Report on sanitation, dispensaries, and jails in Rajputana for 1910, and on vaccination for the year 1910-1911 - 1910-1911
Year: 1910
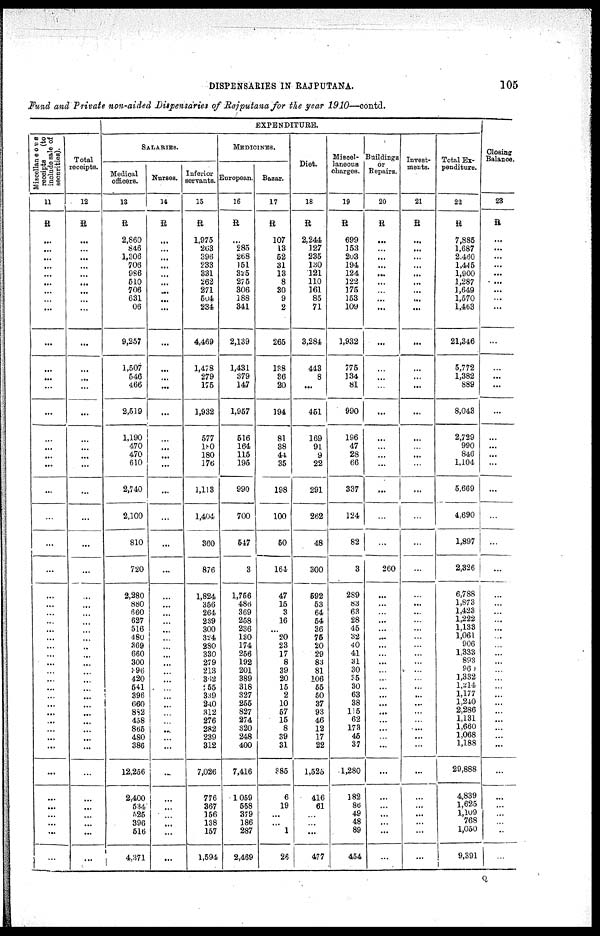
DISPENSARIES IN RAJPUTANA.
105
Fund and Private non-aided Dispensaries of Rajputana for the year 1910—contd.
Miscellaneous
receipts
(to
include sale of
securities).
11
R
...
...
...
...
...
...
...
...
...
...
...
...
...
...
...
...
...
...
...
...
...
...
...
...
...
...
...
...
...
...
...
...
...
...
...
...
...
...
...
...
...
...
...
...
...
...
...
...
Total
receipts.
12
R
...
...
...
...
...
...
...
...
...
...
...
...
...
...
...
...
...
...
...
...
...
...
...
...
...
...
...
...
...
...
...
...
...
...
...
...
...
...
...
...
...
...
...
...
...
...
...
...
EXPENDITURE.
SALARIES.
Medical
officers.
13
R
2,860
846
1,306
706
986
510
706
631
06
9,257
1,507
546
466
2,519
1,190
470
470
610
2,740
2,100
810
720
2,280
880
660
627
516
480
369
660
300
396
420
541
396
660
882
458
865
480
386
12,256
2,400
534
525
396
516
4,371
Nurses.
14
R
...
...
...
...
...
...
...
...
...
...
...
...
...
...
...
...
...
...
...
...
...
...
...
...
...
...
...
...
...
...
...
...
...
...
...
...
...
...
...
...
...
...
...
...
...
...
...
...
Inferior
servants.
15
R
1,975
263
396
233
331
262
271
504
234
4,469
1,478
279
175
1,932
577
180
180
176
1,113
1,404
360
876
1,824
356
264
239
300
324
280
330
279
213
362
255
339
240
312
276
282
239
312
7,026
776
367
156
138
157
1,594
MEDICINES.
European.
16
R
...
285
268
151
325
275
306
188
341
2,139
1,431
379
147
1,957
516
164
115
195
990
700
547
3
1,756
486
369
258
236
130
174
256
192
201
389
318
327
255
827
274
320
248
400
7,416
1,059
558
379
186
287
2,469
Bazar.
17
R
107
13
52
31
13
8
30
9
2
265
138
36
20
194
81
38
44
35
198
100
50
164
47
15
3
16
...
20
23
17
8
39
20
15
2
10
57
15
8
39
31
385
6
19
...
...
1
26
Diet.
18
R
2,244
127
235
130
121
110
161
85
71
3,284
443
8
...
451
169
91
9
22
291
262
48
300
592
53
64
54
36
75
20
29
83
81
106
55
50
37
93
46
12
17
22
l,525
416
61
...
...
...
477
Miscel-
laneous
charges.
19
R
699
153
203
194
124
122
175
153
109
1,932
775
134
81
990
196
47
28
66
337
124
82
3
289
83
63
28
45
32
40
41
31
30
35
30
63
38
115
62
173
45
37
1,280
182
86
49
48
89
454
Buildings
or
Repairs.
20
R
...
...
...
...
...
...
...
...
...
...
...
...
...
...
...
...
...
...
...
...
...
260
...
...
...
...
...
...
...
...
...
...
...
...
...
...
...
...
...
...
...
...
...
...
...
...
...
...
Invest¬
ments.
21
R
...
...
...
...
...
...
...
...
...
...
...
...
...
...
...
...
...
...
...
...
...
...
...
...
...
...
...
...
...
...
...
...
...
...
...
...
...
...
...
...
...
...
...
...
...
...
...
...
Total Ex-
penditure.
22
R
7,885
1,687
2,460
1,445
1,900
1,287
1,649
1,570
1,463
21,346
5,772
1,382
889
8,043
2,729
990
846
1,104
5,669
4,690
1,897
2,326
6,788
1,873
1,423
1,222
1,133
1,061
906
1,333
893
960
1,332
1,214
1,177
1,240
2,286
1,131
1,660
1,068
1,188
29,888
4,839
1,625
1,109
768
1,050
9,391
closing
Balance.
23
R
...
...
...
...
...
...
...
...
...
...
...
...
...
...
...
...
...
...
...
...
...
...
...
...
...
...
...
...
...
...
...
...
...
...
...
...
...
...
...
...
...
...
...
...
...
...
...
...
Q